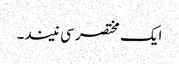
ایک مختصر سی نیند۔